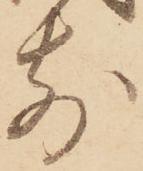
前